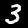
Label: 3